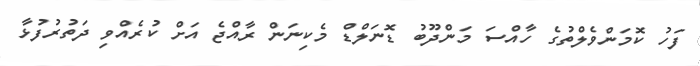
ފަހު ކޮމަންވެލްތުގެ ހާއްސަ މަންދޫބު ޑޮނަލްޑް މެކިނަން ރާއްޖެ އަށް ކުރެއްވި ދަތުރުފުޅާ